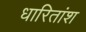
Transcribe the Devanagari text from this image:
धारितांश